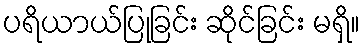
ပရိယာယ်ပြုခြင်း ဆိုင်ခြင်း မရှိ။